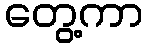
တွေ့ကာ